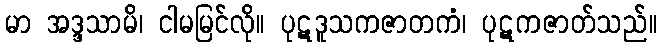
မာ အဒ္ဒသာမိ၊ ငါမမြင်လို။ ပုဋဒူသကဇာတကံ၊ ပုဋကဇာတ်သည်။